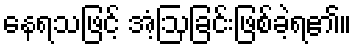
နေရသဖြင့် အံ့ဩခြင်းဖြစ်ခဲ့ရ၏။